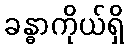
ခန္ဓာကိုယ်ရှိ